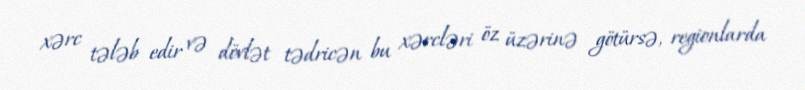
xərc tələb edir və dövlət tədricən bu xərcləri öz üzərinə götürsə, regionlarda